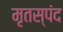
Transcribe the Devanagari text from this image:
मृतस्पंद